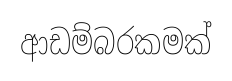
ආඩම්බරකමක්